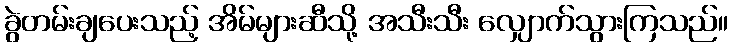
ခွဲတမ်းချပေးသည့် အိမ်များဆီသို့ အသီးသီး လျှောက်သွားကြသည်။